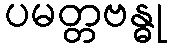
ပမတ္တဗန္ဓု